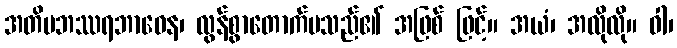
အတိပဘဿရဘာဝေန၊ လွန်စွာတောက်ပသည်၏ အဖြစ် ဖြင့်။ အယံ၊ အလိုလို။ ဝါ၊